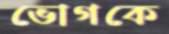
ভোগকে